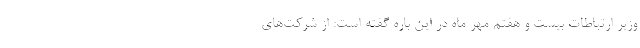
وزیر ارتباطات بیست و هفتم مهر ماه در این باره گفته است: از شرکت‌های